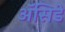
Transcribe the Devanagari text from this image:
ॲसिडे